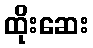
ထိုးဆေး